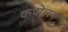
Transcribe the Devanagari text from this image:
कपोलन